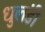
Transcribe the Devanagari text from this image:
धुलंडी